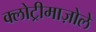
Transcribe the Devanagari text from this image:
क्लोट्रीमाज़ोले